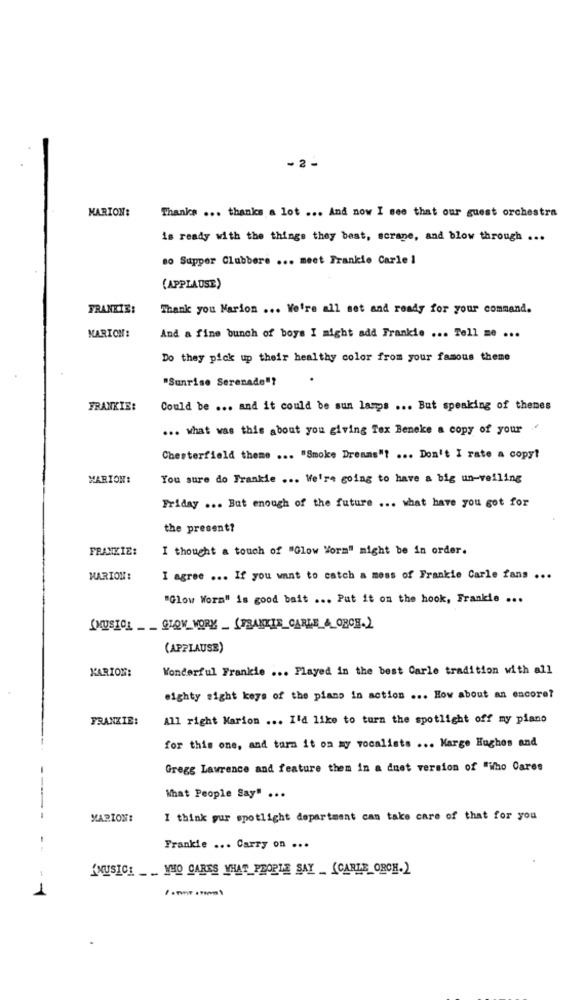
..
-2 -
MARION:
Thanks ... thanks a lot ... And now I see that our guest orchestra
is ready with the things they best, scrape, and blow through ...
so Supper Clubbere ... meet Frankie Carle 1
(APPLAUSE)
FRANKIE:
Thank you Marion ... We're all set and ready for your command.
MARION:
And a fine bunch of boys I might add Frankie ... Tell me ...
Do they pick up their healthy color from your famous theme
"Sunrise Serenade"?
FRANKIE:
Could be ... and it could be sun lamps ... But speaking of thenes
... what was this about you giving Tex Beneke a copy of your
Chesterfield theme ... "Smoke Dreams"? ... Don't I rate a copy!
MARION:
You sure do Frankie ... We're going to have a big un-veiling
Friday ... But enough of the future ... what have you got for
the present?
FRANKIE:
I thought a touch of "Glow Vorm" might be in order.
MARION:
I agree ... If you want to catch a mess of Frankie Carle fans ...
"Glow Worm" is good bait ... Put it on the hook, Frankie ...
MUSICAGIOV MORY (FRANKIE CARLE A OBCE.]
(APPLAUSE)
KARIOM:
Wonderful Frankie ... Played in the best Carle tradition with all
eighty sight keys of the piano in action ... How about an encore?
FRANKIE:
All right Marion ... I'd like to turn the spotlight off my piano
for this one, and turn it on my vocalists ... Marge Hughes and
Gregg Lawrence and feature them in a dust version of "who Cares
What People Say" ...
MARION:
I think gur spotlight department can take care of that for you
--
Frankie ... Carry on ...
MUSICE __ WHO CARES WHAT PEOPLE SAY _(CARLE ORCH.)